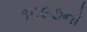
૧૮૯૭નો